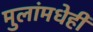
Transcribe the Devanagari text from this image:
मुलांमधेही